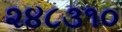
૨૪૮૩૧૦